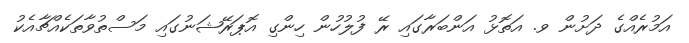
އަމުރެއްގެ ދަށުން ވ. އަތޮޅު އަންބަރާގައި ރޭ ފުލުހުން ހިންގި އޮޕަރޭޝަނުގައި މަސްތުވާތަކެއްޗާއެކު